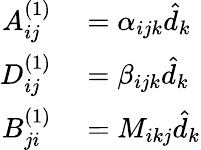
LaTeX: \begin{array}{rl}{A_{ij}^{(1)}}&{{}=\alpha_{ijk}\hat{d}_{k}}\\ {D_{ij}^{(1)}}&{{}=\beta_{ijk}\hat{d}_{k}}\\ {B_{ji}^{(1)}}&{{}=M_{ikj}\hat{d}_{k}}\end{array}